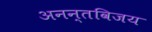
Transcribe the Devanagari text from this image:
अनन्तविजय